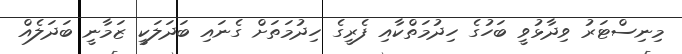
މިނިސްޓަރު ވިދާޅުވީ ބަހުގެ ހިދުމަތްކާއި ފެރީގެ ހިދުމަތަށް ގެނައި ބަދަލަކީ ޒަމާނީ ބަދަލެއް